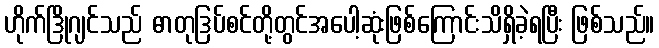
ဟိုက်ဒြိုဂျင်သည် ဓာတုဒြပ်စင်တို့တွင်အပေါ့ဆုံးဖြစ်ကြောင်းသိရှိခဲ့ရပြီး ဖြစ်သည်။